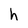
Character: h